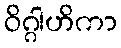
ဝိဂ္ဂါဟိကာ